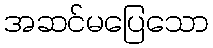
အဆင်မပြေသော